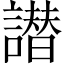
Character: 譛